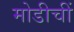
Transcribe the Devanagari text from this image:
मोडीचीं